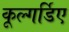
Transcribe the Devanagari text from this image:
कूल्गर्डिए